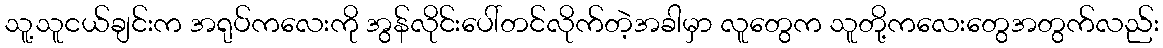
သူ့သူငယ်ချင်းက အရုပ်ကလေးကို အွန်လိုင်းပေါ်တင်လိုက်တဲ့အခါမှာ လူတွေက သူတို့ကလေးတွေအတွက်လည်း